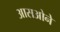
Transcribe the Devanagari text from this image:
आसओने